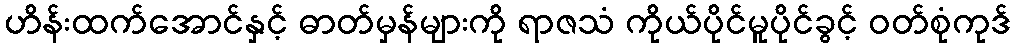
ဟိန်းထက်အောင်နှင့် ဓာတ်မှန်များကို ရာဇသံ ကိုယ်ပိုင်မူပိုင်ခွင့် ဝတ်စုံကုဒ်